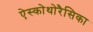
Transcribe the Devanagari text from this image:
ऐस्कोथोरैसिका